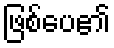
ဖြစ်ပေ၏